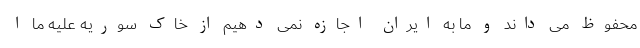
محفوظ می داند و ما به ایران اجازه نمی دهیم از خاک سوریه علیه ما ا